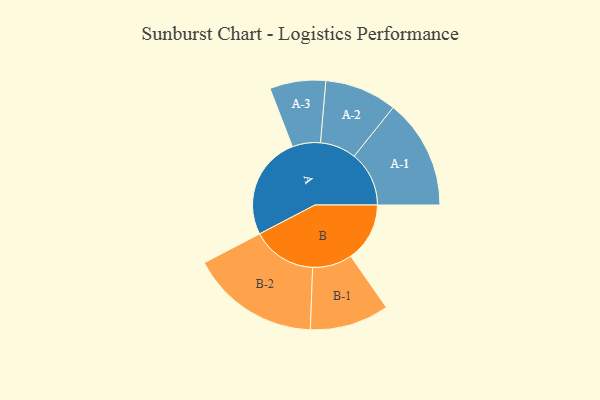
{"axis": {"x": "Segment", "y": "Value"}, "legend": ["", "A", "B"], "data": [{"x": "A", "y": 406, "type": ""}, {"x": "B", "y": 232, "type": ""}, {"x": "A-1", "y": 216, "type": "A"}, {"x": "A-2", "y": 142, "type": "A"}, {"x": "A-3", "y": 110, "type": "A"}, {"x": "B-1", "y": 156, "type": "B"}, {"x": "B-2", "y": 254, "type": "B"}]}